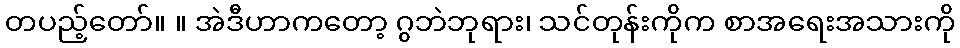
တပည့်တော်။ ။ အဲဒီဟာကတော့ ဂွဘဲဘုရား၊ သင်တုန်းကိုက စာအရေးအသားကို